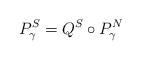
LaTeX: \begin{align*}P_{\gamma }^{S}=Q^{S}\circ P_{\gamma }^{N} \label{gen respEEEEqn}\end{align*}